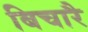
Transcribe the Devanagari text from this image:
बिचारै